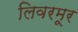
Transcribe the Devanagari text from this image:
लिवरमूर